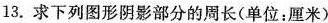
13.求下列图形阴影部分的周长(单位：厘米)